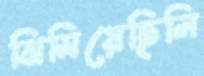
ঝিমিয়েছিলি